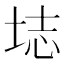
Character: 𫭰